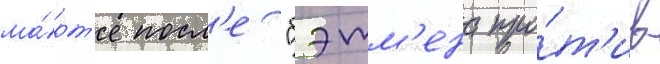
ма́рт'е посл'е "бэтм'ена про́т'ив